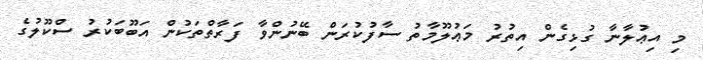
މި އިޢުލާނާ ގުޅިގެން އިތުރު މަޢުލޫމާތު ސާފުކުރަން ބޭނުންވާ ފަރާތްތަކުން އަބޫބަކުރު ސްކޫލުގެ